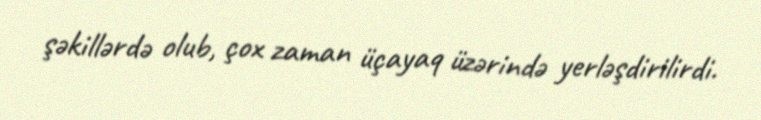
şəkillərdə olub, çox zaman üçayaq üzərində yerləşdirilirdi.